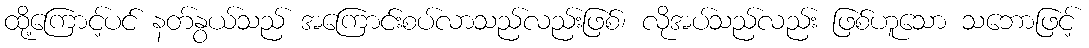
ထို့ကြောင့်ပင် နတ်နွယ်သည် အကြောင်းစပ်လာသည်လည်းဖြစ်၊ လိုအပ်သည်လည်း ဖြစ်ဟူသော သဘောဖြင့်